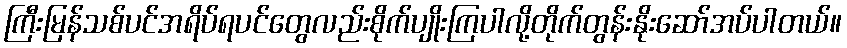
ကြီးမြန်သစ်ပင်အရိပ်ရပင်တွေလည်းစိုက်ပျိုးကြပါလို့တိုက်တွန်းနိုးဆော်အပ်ပါတယ်။